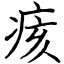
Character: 痎